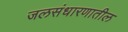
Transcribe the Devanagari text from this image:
जलसंधारणातील